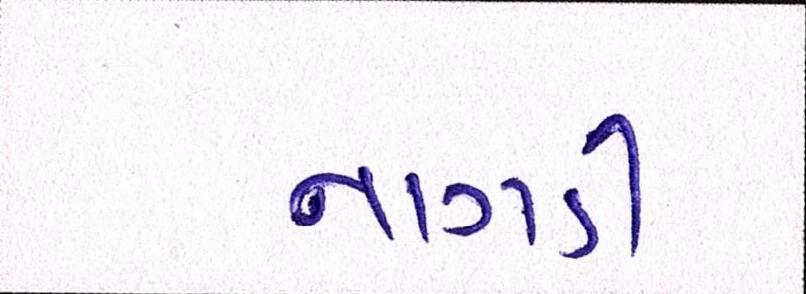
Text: નાગડી